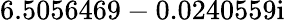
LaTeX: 6.5056469-0.0240559\mathrm{i}